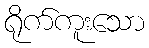
ရိုက်ကူးသော